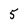
Character: 5